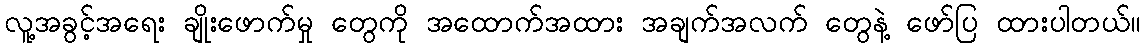
လူ့အခွင့်အရေး ချိုးဖောက်မှု တွေကို အထောက်အထား အချက်အလက် တွေနဲ့ ဖော်ပြ ထားပါတယ်။